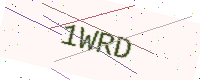
Text: 1WRD